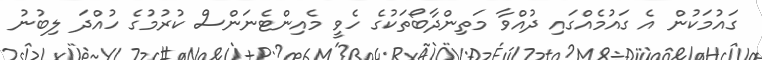
ގައުމަކުން އެ ގައުމެއްގައި ދުއްވާ މަތިންދާބޯތަކުގެ ހެވީ މެއިންޓެނަންސް ކުރުމުގެ ހުއްދަ ލިބުނު